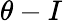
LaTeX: \theta-I